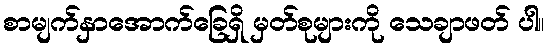
စာမျက်နှာအောက်ခြေရှိ မှတ်စုများကို သေချာဖတ် ပါ။